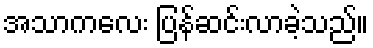
အသာကလေး ပြန်ဆင်းလာခဲ့သည်။